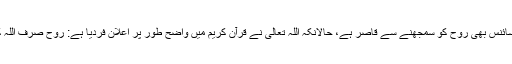
ترقی یافتہ سائنس بھی روح کو سمجھنے سے قاصر ہے، حالانکہ اللہ تعالیٰ نے قرآن کریم میں واضح طور پر اعلان فردیا ہے: روح صرف اللہ کا حکم ہے۔